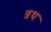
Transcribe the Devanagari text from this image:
त्रथ